Leaving Certificate Examination, 1915
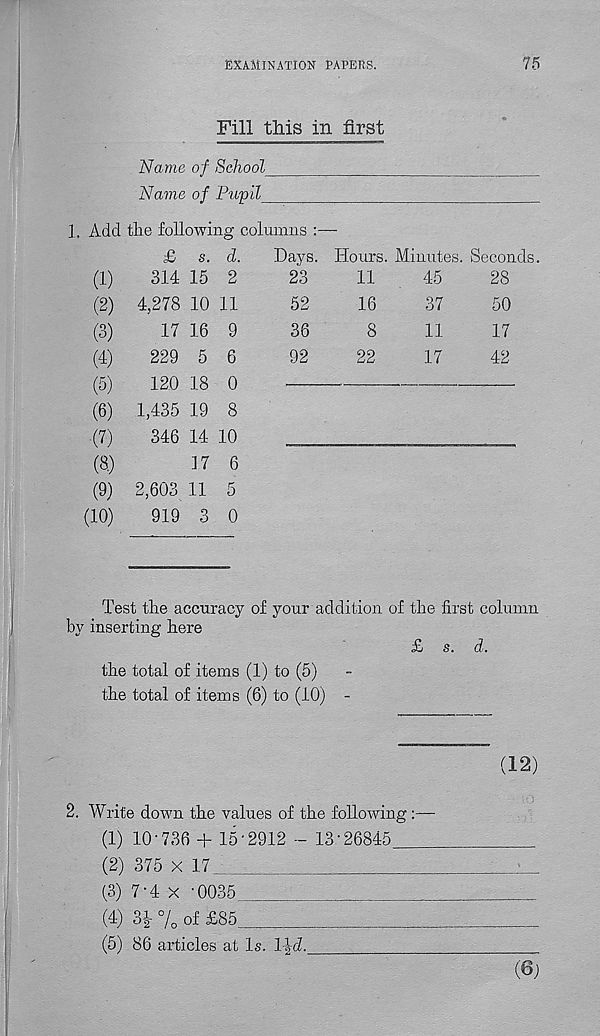
examination tapers.
75
Fill tliis in first
Name of ScJiool_
Name of Pupil_
Days.
23
52
36
92
1, Add the following columns :
£ s. d.
(1)
314 15 2
(2) 4,278 10 11
(3)
17 16 9
(4)
229 5 6
(5)
120 18 0
(6)
1,435 19 8
•(7)
346 14 10
(8)
17 6
(9) 2,603 11 5
(10)
919 3 0
Hours. Minutes. Seconds.
11
16
8
22
45
37
11
17
28
50
17
42
Test the accuracy of your addition of the first column
by inserting here
£ s. d.
the total of items (1) to (5)
the total of items (6) to (10) -
(12)
2. Write down the values of the following :—
(1) 10-736 + 15-2912 - 13-26845
(2) 375 x 17_
-
(3) 7-4 x -0035
(4) 31- % of £85
(5) 86 articles at Is. l\d.
(0)